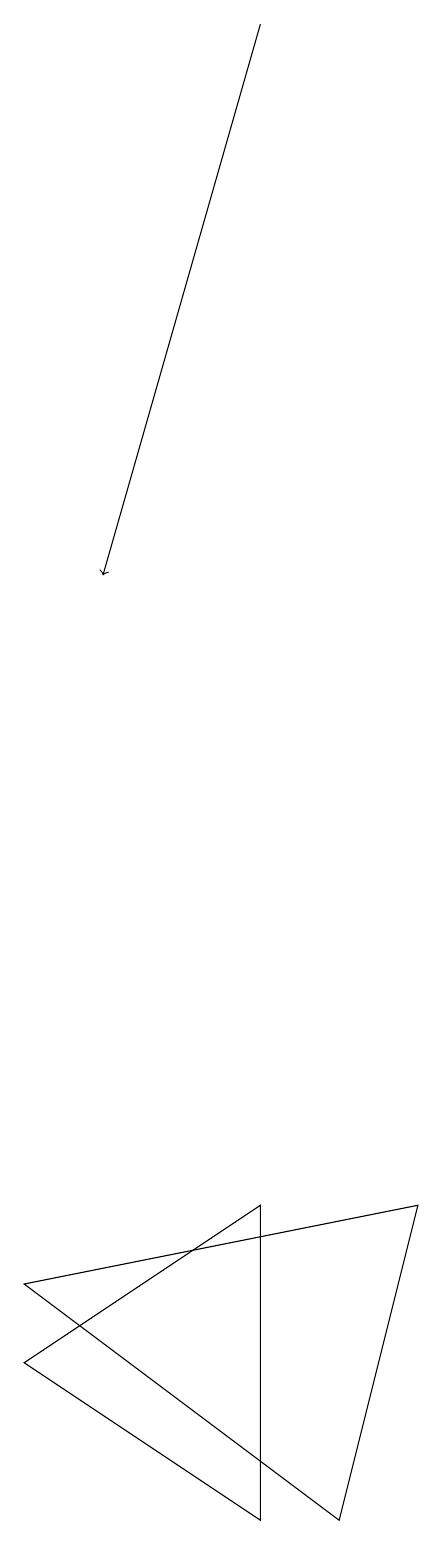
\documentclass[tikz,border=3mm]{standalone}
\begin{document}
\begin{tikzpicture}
\draw (4,0) -- (4,4) -- (1,2) -- cycle;
\draw[->] (4,19) -- (2,12);
\draw (6,4) -- (5,0) -- (1,3) -- cycle;
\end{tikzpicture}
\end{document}